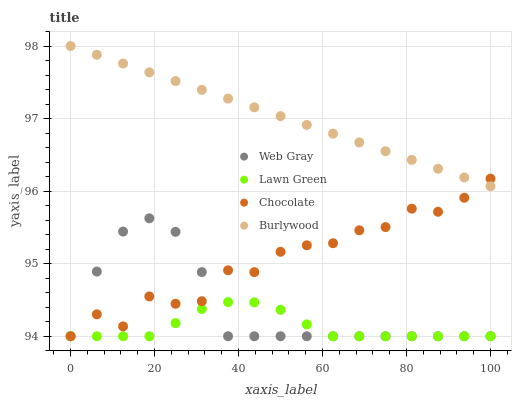
| xaxis_label | Web Gray | Lawn Green | Chocolate | Burlywood |
 | --- | --- | --- | --- | --- |
 | 0 | 94 | 94 | 94 | 98 |
 | 6.25 | 94.9 | 94 | 94.3 | 97.9 |
 | 12.5 | 95.4 | 94 | 94.1 | 97.8 |
 | 18.8 | 95.6 | 94 | 94.5 | 97.6 |
 | 25 | 95.4 | 94.2 | 94.4 | 97.5 |
 | 31.2 | 94.9 | 94.4 | 94.5 | 97.4 |
 | 37.5 | 94 | 94.5 | 94.9 | 97.3 |
 | 43.8 | 94 | 94.5 | 94.9 | 97.2 |
 | 50 | 94 | 94.4 | 95.2 | 97 |
 | 56.2 | 94 | 94.2 | 95.3 | 96.9 |
 | 62.5 | 94 | 94 | 95.3 | 96.8 |
 | 68.8 | 94 | 94 | 95.5 | 96.7 |
 | 75 | 94 | 94 | 95.5 | 96.6 |
 | 81.2 | 94 | 94 | 95.8 | 96.4 |
 | 87.5 | 94 | 94 | 95.7 | 96.3 |
 | 93.8 | 94 | 94 | 95.9 | 96.2 |
 | 100 | 94 | 94 | 96.2 | 96.1 |